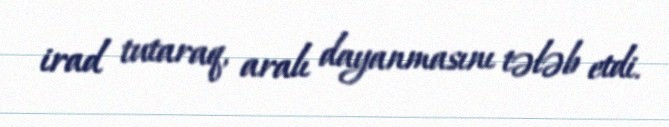
irad tutaraq, aralı dayanmasını tələb etdi.